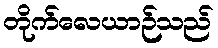
တိုက်လေယာဉ်သည်